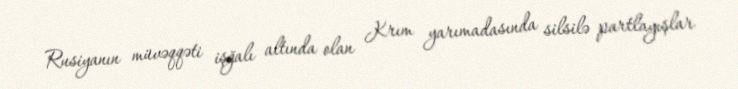
Rusiyanın müvəqqəti işğalı altında olan Krım yarımadasında silsilə partlayışlar